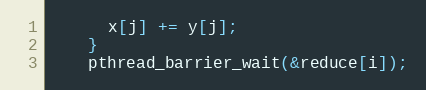
Language: C++
      x[j] += y[j];
    }
    pthread_barrier_wait(&reduce[i]);